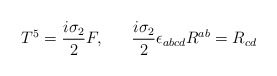
\begin{align*}T^5 = {i \sigma_2 \over 2} F, \ \ \ \ \ { i\sigma_2 \over 2} \epsilon_{abcd} R^{ab} = R_{cd}\end{align*}